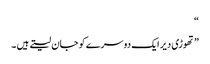
“
” تھوڑی دیر ایک دوسرے کو جان لیتے ہیں ۔